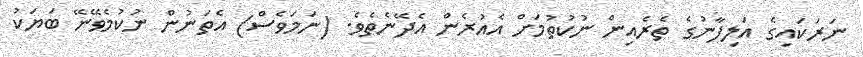
ނަރަކައިގެ އަލިފާނުގެ ތެރެއިން ނުކުތުމަށް އެއުރެން އެދޭނެތެވެ. (ނަމަވެސް) އެތަނުން ނުކުމެވޭނޭ ބަޔަކު